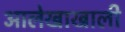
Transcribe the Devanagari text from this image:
आलेखाखाली